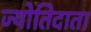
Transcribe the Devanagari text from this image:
ज्योतिदाता